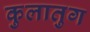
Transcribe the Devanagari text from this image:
कुलातुग